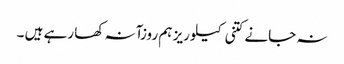
نہ جانے کتنی کیلوریز ہم روزآنہ کھا رہے ہیں ۔